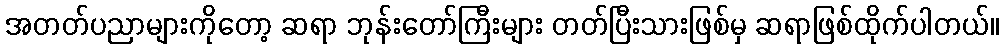
အတတ်ပညာများကိုတော့ ဆရာ ဘုန်းတော်ကြီးများ တတ်ပြီးသားဖြစ်မှ ဆရာဖြစ်ထိုက်ပါတယ်။